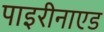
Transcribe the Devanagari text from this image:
पाइरीनाएड